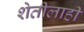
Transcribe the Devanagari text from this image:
शेतीलाही